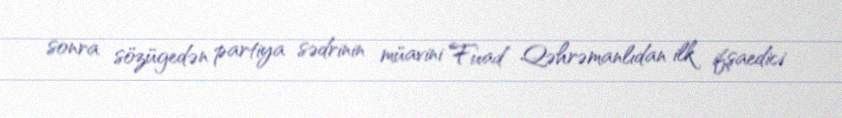
sonra sözügedən partiya sədrinin müavini Fuad Qəhrəmanlıdan ilk ifşaedici